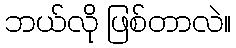
ဘယ်လို ဖြစ်တာလဲ။